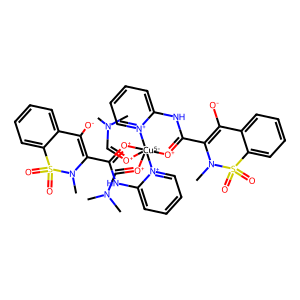
SMILES: CN(C)C=[O+][Cu-5]12([O+]=CN(C)C)([O+]=C(C3=C([O-])c4ccccc4S(=O)(=O)N3C)Nc3cccc[n+]31)[O+]=C(C1=C([O-])c3ccccc3S(=O)(=O)N1C)Nc1cccc[n+]12
Inhibits HIV replication: No